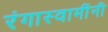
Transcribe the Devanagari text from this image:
रंगास्वामींनी